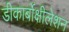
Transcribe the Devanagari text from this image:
डीकार्बोक्षीलेशन